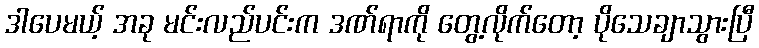
ဒါပေမယ့် အခု မင်းလည်ပင်းက ဒဏ်ရာကို တွေ့လိုက်တော့ ပိုသေချာသွားပြီ